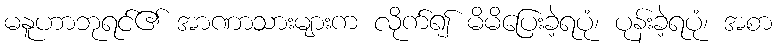
မနူဟာဘုရင်၏ အာဏာသားများက လိုက်၍ မိမိပြေးခဲ့ရပုံ၊ ပုန်းခဲ့ရပုံ၊ အစာ